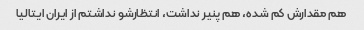
هم مقدارش کم شده، هم پنیر نداشت، انتظارشو نداشتم از ایران ایتالیا